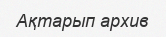
Ақтарып архив